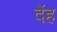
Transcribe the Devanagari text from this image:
देंह